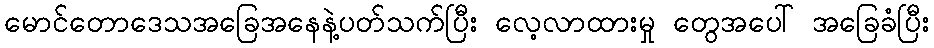
မောင်တောဒေသအခြေအနေနဲ့ပတ်သက်ပြီး လေ့လာထားမှု တွေအပေါ် အခြေခံပြီး